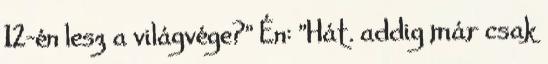
12-én lesz a világvége?" Én: "Hát. addig már csak